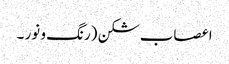
اعصاب شکن (رنگ و نور ۔